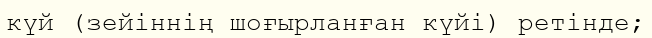
күй (зейіннің шоғырланған күйі) ретінде;